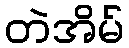
တဲအိမ်